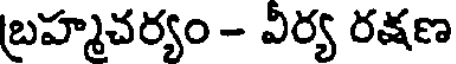
బ్రహ్మచర్యం - వీర్య రక్షణ